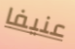
عنيفا